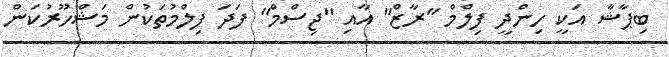
ބިޕާޝާ އަކީ ހިންދީ ފިލްމް "ރާޒް" އާއި "ޖިސްމް" ފަދަ ފިލްމުތަކުން މަޝްހޫރުކަން